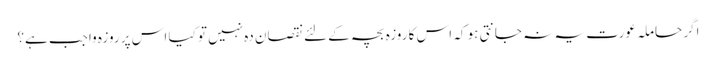
اگر حاملہ عورت یہ نہ جانتی ہو کہ اس کا روزہ بچہ کے لئے نقصان دہ نہیں تو کیا اس پر روزہ واجب ہے؟